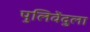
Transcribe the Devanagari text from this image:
पुलिवेंदुला